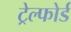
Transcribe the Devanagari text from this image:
ट्रेल्फोर्ड